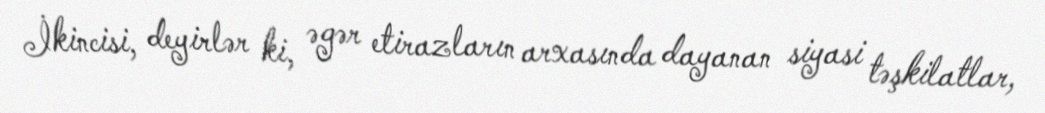
İkincisi, deyirlər ki, əgər etirazların arxasında dayanan siyasi təşkilatlar,